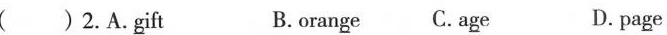
( )2.A.gift B.orange C.age D.page